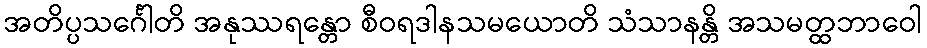
အတိပ္ပသင်္ဂေါတိ အနုဿရန္တော စီဝရဒါနသမယောတိ သံသာနန္တိ အသမတ္ထဘာဝေါ